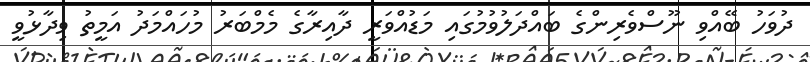
ދުވަހު ބޭއްވި ނޫސްވެރިންގެ ބައްދަލުވުމުގައި މަޑުއްވަރީ ދާއިރާގެ މެމްބަރު މުހައްމަދު އަމީތު ވިދާޅުވީ